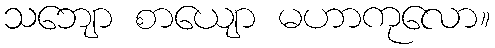
သဘျော စာယျော မဟာကုလော။